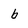
Character: b